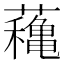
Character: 蘒